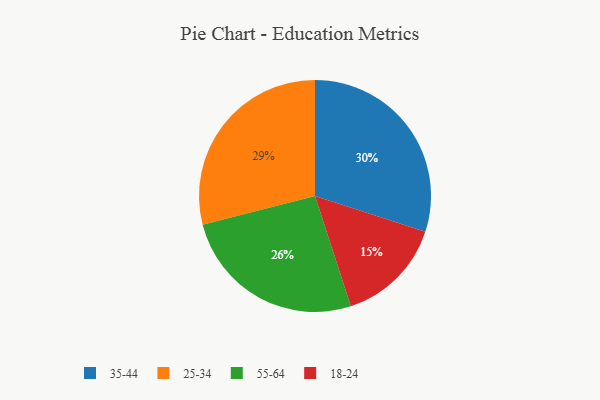
{"axis": {"x": "Category", "y": "Percentage"}, "legend": ["18-24", "25-34", "35-44", "55-64"], "data": [{"x": "25-34", "y": 29, "type": "25-34"}, {"x": "35-44", "y": 30, "type": "35-44"}, {"x": "18-24", "y": 15, "type": "18-24"}, {"x": "55-64", "y": 26, "type": "55-64"}]}